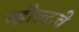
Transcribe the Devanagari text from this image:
व्होल्टचे